Report of the Indian Hemp Drugs Commission, 1894-1895 - Volume V
Year: 1894
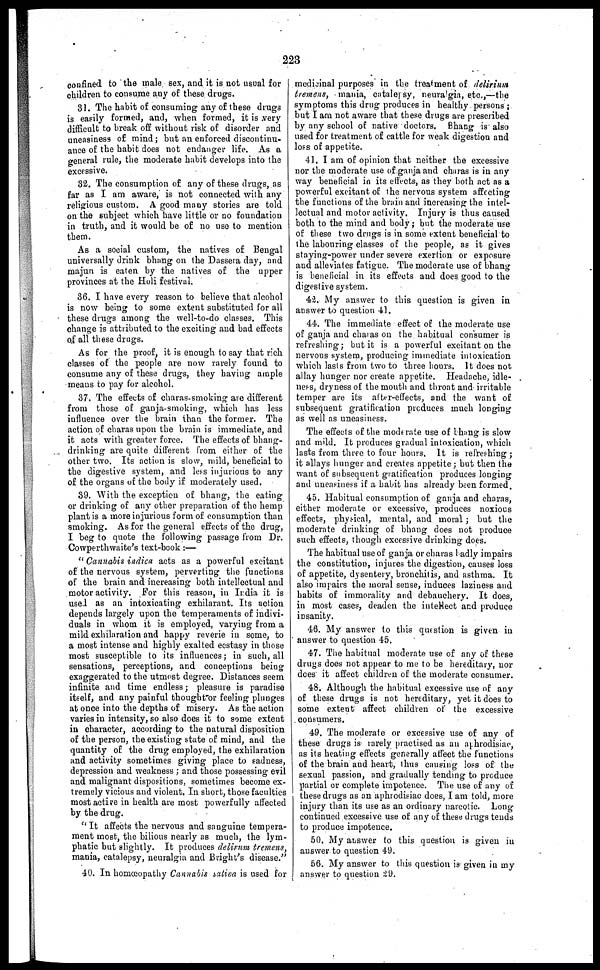
223
confined to the male sex, and it is not usual for
children to consume any of these drugs.
31. The habit of consuming any of these drugs
is easily formed, and, when formed, it is very
difficult to break off without risk of disorder and
uneasiness of mind; but an enforced discontinu-
ance of the habit does not endanger life. As a
general rule, the moderate habit develops into the
excessive.
32. The consumption of any of these drugs, as
far as I am aware, is not connected with any
religious custom. A good many stories are told
on the subject which have little or no foundation
in truth, and it would be of no use to mention
them.
As a social custom, the natives of Bengal
universally drink bhang on the Dassera day, and
majun is eaten by the natives of the upper
provinces at the Holi festival.
36. I have every reason to believe that alcohol
is now being to some extent substituted for all
these drugs among the well-to-do classes. This
change is attributed to the exciting and bad effects
of all these drugs.
As for the proof, it is enough to say that rich
classes of the people are now rarely found to
consume any of these drugs, they having ample
means to pay for alcohol.
37. The effects of charas-smoking are different
from those of ganja-smoking, which has less
influence over the brain than the former. The
action of charas upon the brain is immediate, and
it acts with greater force. The effects of bhang-
drinking are quite different from either of the
other two. Its action is slow, mild, beneficial to
the digestive system, and less injurious to any
of the organs of the body if moderately used.
39. With the exception of bhang, the eating
or drinking of any other preparation of the hemp
plant is a more injurious form of consumption than
smoking. As for the general effects of the drug,
I beg to quote the following passage from Dr.
Cowperthwaite's text-book :—
"Cannabis indica acts as a powerful excitant
of the nervous system, perverting the functions
of the brain and increasing both intellectual and
motor activity. For this reason, in India it is
used as an intoxicating exhilarant. Its action
depends largely upon the temperaments of indivi-
duals in whom it is employed, varying from a
mild exhilaration and happy reverie in some, to
a most intense and highly exalted ecstasy in those
most susceptible to its influences ; in such, all
sensations, perceptions, and conceptions being
exaggerated to the utmost degree. Distances seem
infinite and time endless ; pleasure is paradise
itself, and any painful though for feeling plunges
at once into the depths of misery. As the action
varies in intensity, so also does it to some extent
in character, according to the natural disposition
of the person, the existing state of mind, and the
quantity of the drug employed, the exhilaration
and activity sometimes giving place to sadness,
depression and weakness ; and those possessing evil
and malignant dispositions, sometimes become ex-
tremely vicious and violent. In short, those faculties
most active in health are most powerfully affected
by the drug.
"It affects the nervous and sanguine tempera-
ment most, the bilious nearly as much, the lym-
phatic but slightly. It produces delirum tremens,
mania, catalepsy, neuralgia and Bright's disease."
40. In homœopathy Cannabis saliva is used for
medicinal purposes in the treatment of delirium
tremens, mania, catalepsy, neuralgia, etc.,—the
symptoms this drug produces in healthy persons ;
but I am not aware that these drugs are prescribed
by any school of native doctors. Bhang is also
used for treatment of cattle for weak digestion and
loss of appetite.
41. I am of opinion that neither the excessive
nor the moderate use of ganja and charas is in any
way beneficial in its effects, as they both act as a
powerful excitant of the nervous system affecting
the functions of the brain and increasing the intel-
lectual and motor activity. Injury is thus caused
both to the mind and body ; but the moderate use
of these two drugs is in some extent beneficial to
the labouring classes of the people, as it gives
staying-power under severe exertion or exposure
and alleviates fatigue. The moderate use of bhang
is beneficial in its effects and does good to the
digestive system.
42. My answer to this question is given in
answer to question 41.
44. The immediate effect of the moderate use
of ganja and charas on the habitual consumer is
refreshing; but it is a powerful excitant on the
nervous system, producing immediate intoxication
which lasts from two to three hours. It does not
allay hunger nor create appetite. Headache, idle-
ness, dryness of the month and throat and irritable
temper are its after-effects, and the want of
subsequent gratification produces much longing
as well as uneasiness.
The effects of the moderate use of Bhang is slow
and mild. It produces gradual intoxication, which
lasts from three to four hours. It is refreshing ;
it allays hunger and creates appetite ; but then the
want of subsequent gratification produces longing
and uneasiness if a habit has already been formed.
45. Habitual consumption of ganja and charas,
either moderate or excessive, produces noxious
effects, physical, mental, and moral ; but the
moderate drinking of bhang does not produce
such effects, though excessive drinking does.
The habitual use of ganja or charas badly impairs
the constitution, injures the digestion, causes loss
of appetite, dysentery, bronchitis, and asthma. It
also impairs the moral sense, induces laziness and
habits of immorality and debauchery. It does,
in most cases, deaden the intellect and produce
insanity.
46. My answer to this question is given in
answer to question 45.
47. The habitual moderate use of any of these
drugs does not appear to me to be hereditary, nor
does it affect children of the moderate consumer.
48. Although the habitual excessive use of any
of these drugs is not hereditary, yet it does to
some extent affect children of the excessive
consumers.
49. The moderate or excessive use of any of
these drugs is rarely practised as an aphrodisiac,
as its heating effects generally affect the functions
of the brain and heart, thus causing loss of the
sexual passion, and gradually tending to produce
partial or complete impotence. The use of any of
these drugs as on aphrodisiac does, I am told, more
injury than its use as an ordinary narcotic. Long
continued excessive use of any of these drugs tends
to produce impotence.
50. My answer to this question is given in
answer to question 49.
56. My answer to this question is given in my
answer to question 29.